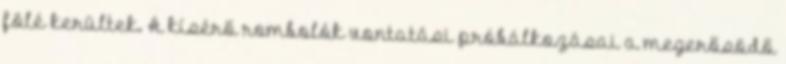
fölé kerültek. A kísérő rombolók vontatási próbálkozásai a megerősödő